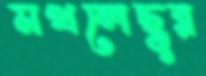
মখলেছুর